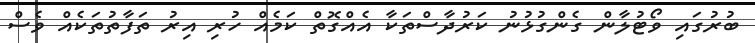
ބުރުގައި ވޯޓުލާން ގެންގުޅުނު ކަރުދާސްތަކާ އެއްގޮތް ކަމެއް ހުރި އިރު ތަފާތުތަކެއް ވެސް